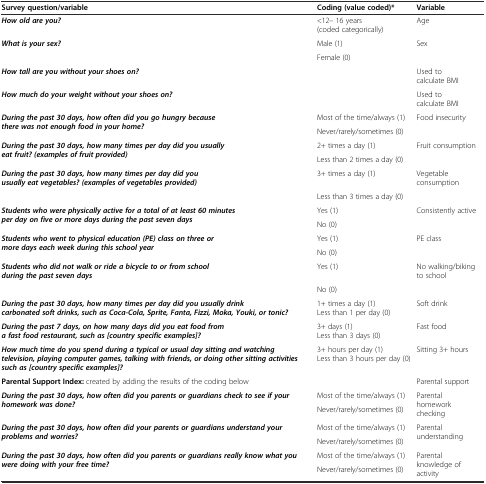
<table><thead><tr><td><b>Survey question/variable</b></td><td><b>Coding (value coded)*</b></td><td><b>Variable</b></td></tr></thead><tbody><tr><td><b><i>How old are you?</i></b></td><td>&lt;12– 16 years (coded categorically)</td><td>Age</td></tr><tr><td><b><i>What is your sex?</i></b></td><td>Male (1)</td><td>Sex</td></tr><tr><td></td><td>Female (0)</td><td></td></tr><tr><td><b><i>How tall are you without your shoes on?</i></b></td><td></td><td>Used to calculate BMI</td></tr><tr><td><b><i>How much do your weight without your shoes on?</i></b></td><td></td><td>Used to calculate BMI</td></tr><tr><td rowspan="2"><b><i>During the past 30 days, how often did you go hungry because there was not enough food in your home?</i></b></td><td>Most of the time/always (1)</td><td rowspan="2">Food insecurity</td></tr><tr><td>Never/rarely/sometimes (0)</td></tr><tr><td rowspan="2"><b><i>During the past 30 days, how many times per day did you usually eat fruit? (examples of fruit provided)</i></b></td><td>2+ times a day (1)</td><td>Fruit consumption</td></tr><tr><td>Less than 2 times a day (0)</td><td></td></tr><tr><td rowspan="2"><b><i>During the past 30 days, how many times per day did you usually eat vegetables? (examples of vegetables provided)</i></b></td><td>3+ times a day (1)</td><td>Vegetable consumption</td></tr><tr><td>Less than 3 times a day (0)</td><td></td></tr><tr><td rowspan="2"><b><i>Students who were physically active for a total of at least 60 minutes per day on five or more days during the past seven days</i></b></td><td>Yes (1)</td><td>Consistently active</td></tr><tr><td>No (0)</td><td></td></tr><tr><td rowspan="2"><b><i>Students who went to physical education (PE) class on three or more days each week during this school year</i></b></td><td>Yes (1)</td><td>PE class</td></tr><tr><td>No (0)</td><td></td></tr><tr><td rowspan="2"><b><i>Students who did not walk or ride a bicycle to or from school during the past seven days</i></b></td><td>Yes (1)</td><td>No walking/biking to school</td></tr><tr><td>No (0)</td><td></td></tr><tr><td><b><i>During the past 30 days, how many times per day did you usually drink carbonated soft drinks, such as Coca-Cola, Sprite, Fanta, Fizzi, Moka, Youki, or tonic?</i></b></td><td>1+ times a day (1) Less than 1 per day (0)</td><td>Soft drink</td></tr><tr><td><b><i>During the past 7 days, on how many days did you eat food from a fast food restaurant, such as [country specific examples]?</i></b></td><td>3+ days (1) Less than 3 days (0)</td><td>Fast food</td></tr><tr><td><b><i>How much time do you spend during a typical or usual day sitting and watching television, playing computer games, talking with friends, or doing other sitting activities such as [country specific examples]?</i></b></td><td>3+ hours per day (1) Less than 3 hours per day (0)</td><td>Sitting 3+ hours</td></tr><tr><td colspan="2"><b>Parental Support Index:</b> created by adding the results of the coding below</td><td>Parental support</td></tr><tr><td rowspan="2"><b><i>During the past 30 days, how often did you parents or guardians check to see if your homework was done?</i></b></td><td>Most of the time/always (1)</td><td rowspan="2">Parental homework checking</td></tr><tr><td>Never/rarely/sometimes (0)</td></tr><tr><td rowspan="2"><b><i>During the past 30 days, how often did your parents or guardians understand your problems and worries?</i></b></td><td>Most of the time/always (1)</td><td rowspan="2">Parental understanding</td></tr><tr><td>Never/rarely/sometimes (0)</td></tr><tr><td><b><i>During the past 30 days, how often did you parents or guardians really know what you were doing with your free time?</i></b></td><td>Most of the time/always (1)</td><td>Parental knowledge of activity</td></tr><tr><td></td><td>Never/rarely/sometimes (0)</td><td></td></tr></tbody></table>